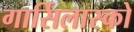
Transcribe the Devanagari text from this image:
गार्सिलास्को